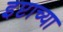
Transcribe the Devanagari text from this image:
इप्टाच्या